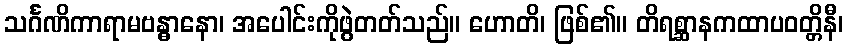
သင်္ဂဏိကာရာမဗန္ဓာနော၊ အပေါင်းကိုဖွဲတတ်သည်။ ဟောတိ၊ ဖြစ်၏။ တိရစ္ဆာနကထာပဝတ္တိနီ၊